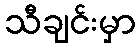
သီချင်းမှာ